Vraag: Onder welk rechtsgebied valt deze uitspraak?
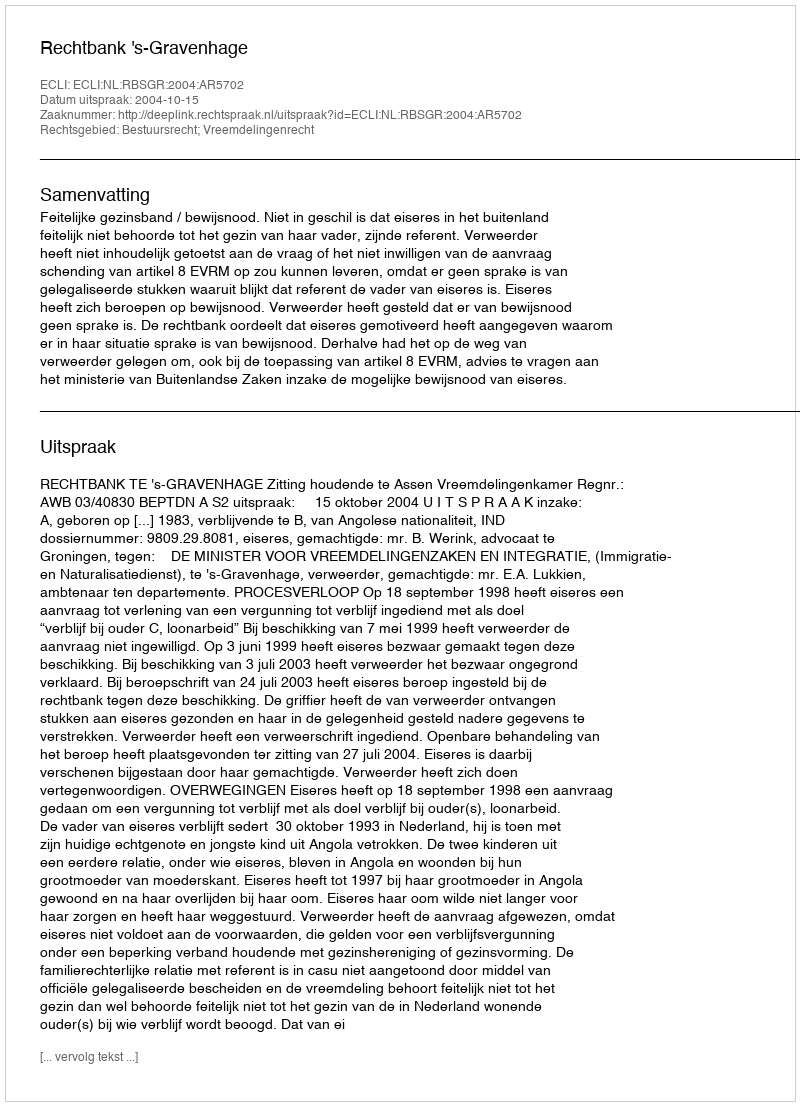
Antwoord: Bestuursrecht; Vreemdelingenrecht